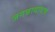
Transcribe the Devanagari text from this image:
जगन्नाथाष्टक